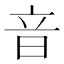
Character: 音